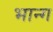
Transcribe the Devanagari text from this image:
भान्ग